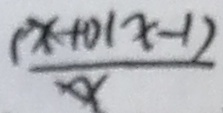
\frac { ( x + 0 1 x - 1 ) } { x }